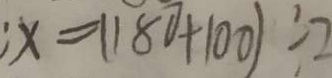
x = ( 1 8 0 + 1 0 0 ) \div 2